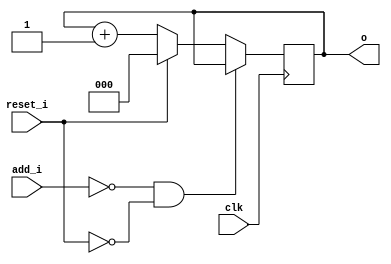
// This program was cloned from: https://github.com/NYU-MLDA/OpenABC
// License: BSD 3-Clause "New" or "Revised" License

module bsg_circular_ptr_slots_p8_max_add_p1
(
  clk,
  reset_i,
  add_i,
  o
);

  input [0:0] add_i;
  output [2:0] o;
  input clk;
  input reset_i;
  wire N0,N1,N2,N3,N4,N5,N6,N7,N8;
  wire [2:0] genblk1_genblk1_ptr_r_p1;
  reg [2:0] o;
  assign genblk1_genblk1_ptr_r_p1 = o + 1'b1;
  assign { N5, N4, N3 } = (N0)? { 1'b0, 1'b0, 1'b0 } :
                          (N1)? genblk1_genblk1_ptr_r_p1 : 1'b0;
  assign N0 = reset_i;
  assign N1 = N2;
  assign N2 = ~reset_i;
  assign N6 = ~add_i[0];
  assign N7 = N6 & N2;
  assign N8 = ~N7;

  always @(posedge clk) begin
    if(N8) begin
      { o[2:0] } <= { N5, N4, N3 };
    end
  end


endmodule